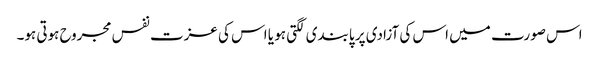
اس صورت میں اس کی آزادی پر پابندی لگتی ہو یا اس کی عزت نفس مجروح ہوتی ہو۔